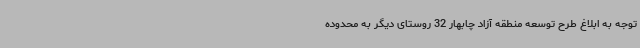
توجه به ابلاغ طرح توسعه منطقه آزاد چابهار 32 روستای دیگر به محدوده